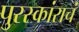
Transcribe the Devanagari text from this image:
पुरस्कांराचं